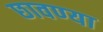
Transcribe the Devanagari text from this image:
छावण्‍या